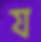
য